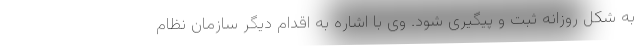
به شکل روزانه ثبت و پیگیری شود. وی با اشاره به اقدام دیگر سازمان نظام